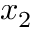
x _ { 2 }